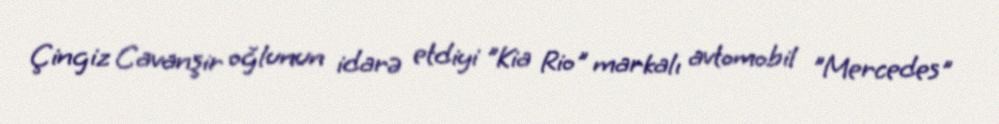
Çingiz Cavanşir oğlunun idarə etdiyi "Kia Rio" markalı avtomobil "Mercedes"